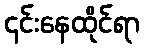
၎င်းနေထိုင်ရာ